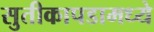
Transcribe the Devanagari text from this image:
सुतीकापडामध्ये